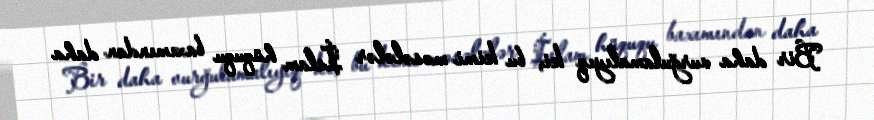
Bir daha vurğulamalıyıq ki, bu kimi məsələlər İslam hüququ baxımından daha